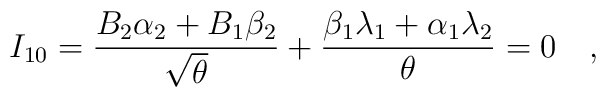
I_{10} = {B_2\alpha_2+B_1\beta_2\over{\sqrt{\theta}}}+ {\beta_1\lambda_1+\alpha_1\lambda_2 \over{\theta}} = 0 \quad ,